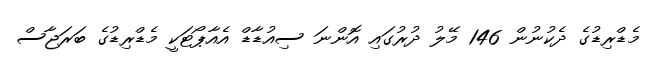
މެޑްރިޑުގެ ދެކުނުން 146 މޭލު ދުރުގައި އޮންނަ ސިއުޑާޑް އެއާޕޯޓަކީ މެޑްރިޑުގެ ބަރަޖާސް